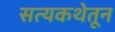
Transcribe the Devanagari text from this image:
सत्यकथेतून